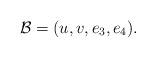
LaTeX: \begin{align*}{\mathcal B}=(u,v,e_3,e_4).\end{align*}